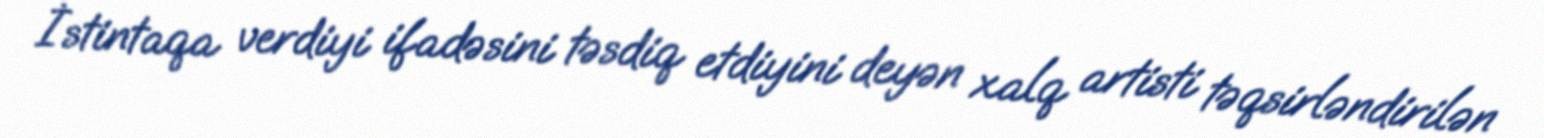
İstintaqa verdiyi ifadəsini təsdiq etdiyini deyən xalq artisti təqsirləndirilən